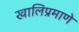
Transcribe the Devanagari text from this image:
खालिप्रमाणे